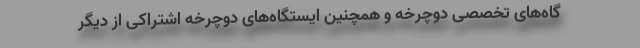
گاه‌های تخصصی دوچرخه و همچنین ایستگاه‌های دوچرخه اشتراکی از دیگر